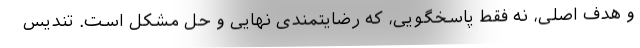
و هدف اصلی، نه فقط پاسخگویی، که رضایتمندی نهایی و حل مشکل است. تندیس